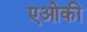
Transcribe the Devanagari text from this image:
एओकी